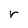
Character: r